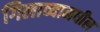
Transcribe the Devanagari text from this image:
गिलाव्यामधील